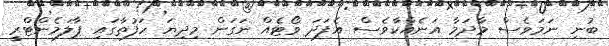
ބުނި ނަމަވެސް މާދަމާ އަނެއްކާވެސް އެފަދަ ވޯޓެއް ނަގަން މިދިޔަ ހަފުތާގައި ޕާލަމެންޓްރީ